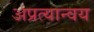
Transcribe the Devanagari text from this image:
अप्रत्यान्वय